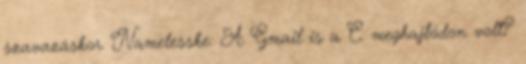
szavazáskor. Namelesske: A Gmail is a C: meghajtódon volt?